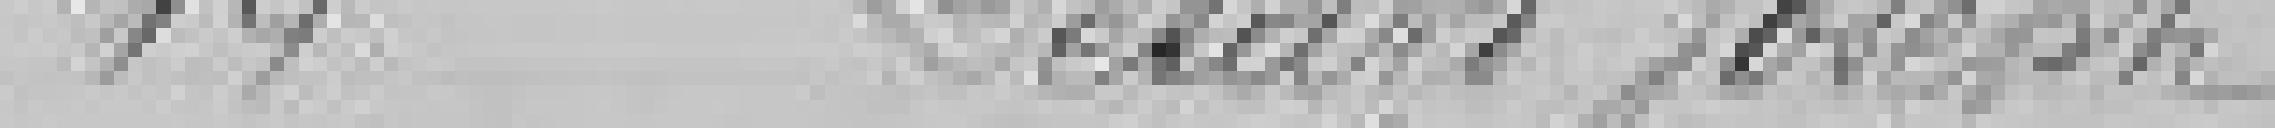
14 Bélard Joseph